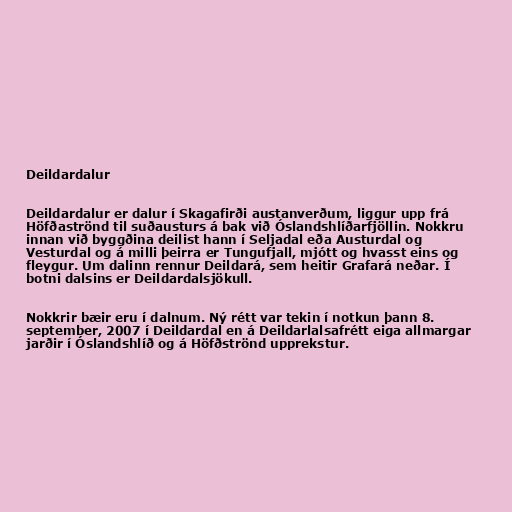
Deildardalur

Deildardalur er dalur í Skagafirði austanverðum, liggur upp frá
Höfðaströnd til suðausturs á bak við Óslandshlíðarfjöllin. Nokkru
innan við byggðina deilist hann í Seljadal eða Austurdal og
Vesturdal og á milli þeirra er Tungufjall, mjótt og hvasst eins og
fleygur. Um dalinn rennur Deildará, sem heitir Grafará neðar. Í
botni dalsins er Deildardalsjökull.

Nokkrir bæir eru í dalnum. Ný rétt var tekin í notkun þann 8.
september, 2007 í Deildardal en á Deildarlalsafrétt eiga allmargar
jarðir í Óslandshlíð og á Höfðströnd upprekstur.